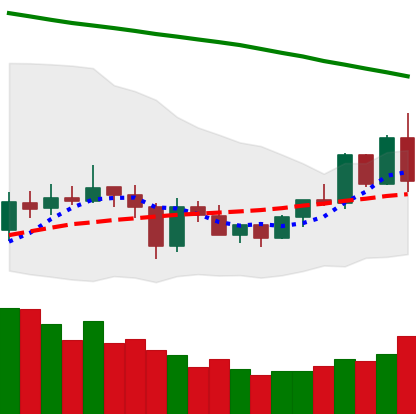
Ticker: EOS-USD
Chart end date: 2020-06-02
Forward return: 5.154%
Label: up_5_7